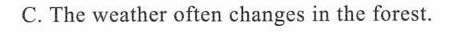
C.The weather often changes in the forest.